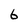
Character: 6